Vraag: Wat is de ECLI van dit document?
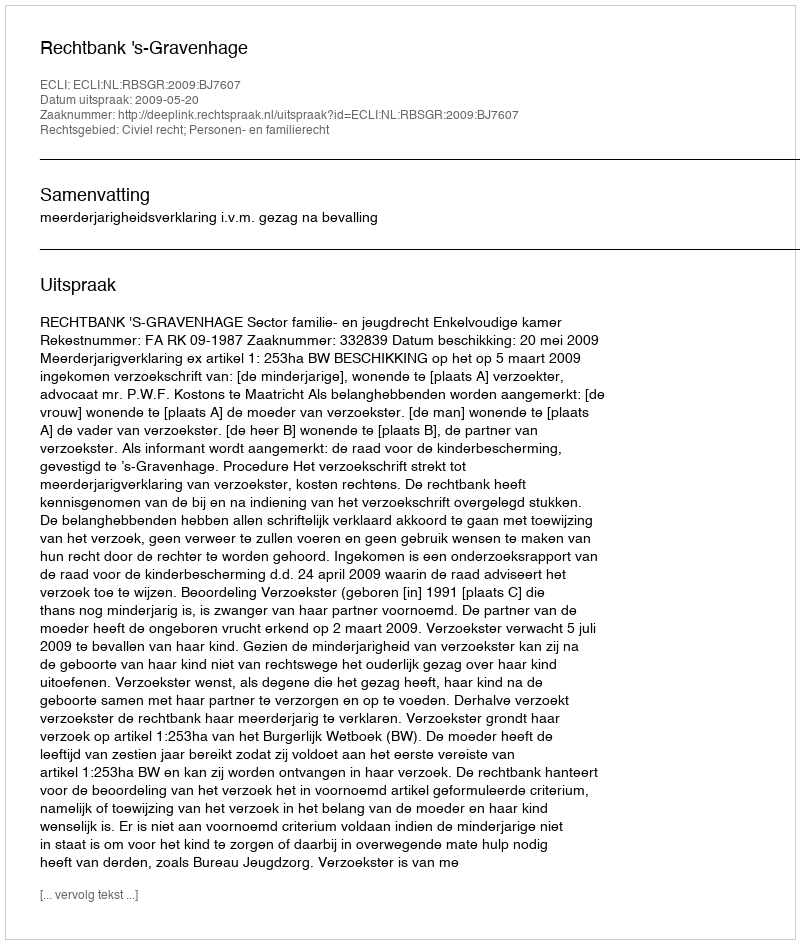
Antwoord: ECLI:NL:RBSGR:2009:BJ7607